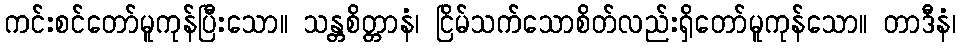
ကင်းစင်တော်မူကုန်ပြီးသော။ သန္တစိတ္တာနံ၊ ငြိမ်သက်သောစိတ်လည်းရှိတော်မူကုန်သော။ တာဒီနံ၊